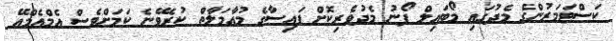
ކަސްޓަމަރުންގެ މެދުގައި މޯބައިލް ފޯނު މެދުވެރިކޮށް ފައިސާގެ މުއާމަލާތް ކުރެވޭނެ ކަމަށްވެސް އެމްއެމްއޭ